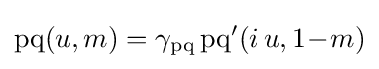
\operatorname {pq} (u,m)=\gamma _{\operatorname {pq} }\operatorname {pq} '(i\,u,1\!-\!m)